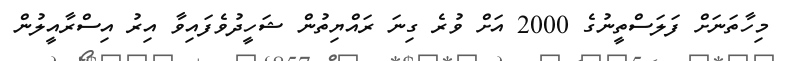
މިހާތަނަށް ފަލަސްތީނުގެ 2000 އަށް ވުރެ ގިނަ ރައްޔިތުން ޝަހީދުވެފައިވާ އިރު އިސްރާއީލުން